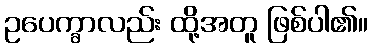
ဥပေက္ခာလည်း ထို့အတူ ဖြစ်ပါ၏။